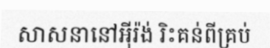
សាសនានៅអ៊ីរ៉ង់ រិះគន់ពីគ្រប់